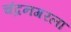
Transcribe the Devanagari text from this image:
चंद्रनगरला